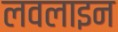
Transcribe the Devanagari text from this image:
लवलाइन